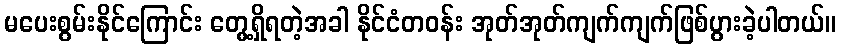
မပေးစွမ်းနိုင်ကြောင်း တွေ့ရှိရတဲ့အခါ နိုင်ငံတဝန်း အုတ်အုတ်ကျက်ကျက်ဖြစ်ပွားခဲ့ပါတယ်။